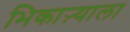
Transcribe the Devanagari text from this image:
भिकाऱ्याला